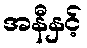
အနီနှင့်